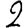
Digit: 2